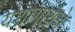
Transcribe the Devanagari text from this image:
यशोगाथेचे